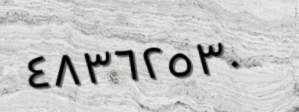
٤٨٣٦٢٥٣٠